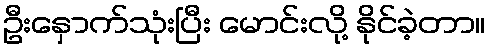
ဦးနှောက်သုံးပြီး မောင်းလို့ နိုင်ခဲ့တာ။